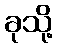
ခုသို့